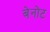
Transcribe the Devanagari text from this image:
बेनोट